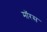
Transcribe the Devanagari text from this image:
मॉरस